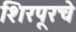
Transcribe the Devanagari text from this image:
शिरपूरचे